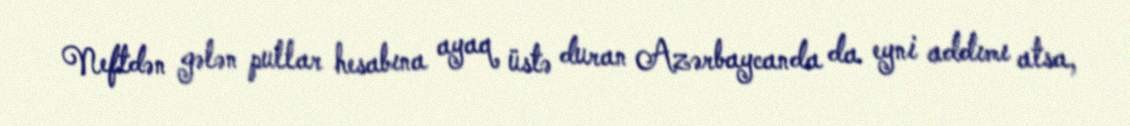
Neftdən gələn pullar hesabına ayaq üstə duran Azərbaycanda da eyni addımı atsa,